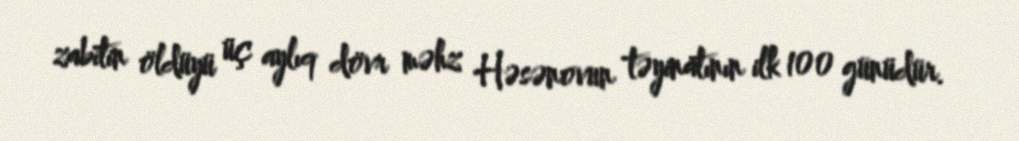
zabitin öldüyü üç aylıq dövr məhz Həsənovun təyinatının ilk 100 günüdür.